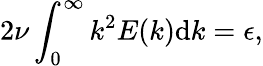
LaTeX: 2\nu\int_{0}^{\infty}k^{2}E(k)\mathrm{d}k=\epsilon,